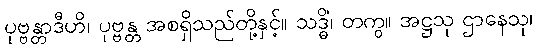
ပုဗ္ဗန္တာဒီဟိ၊ ပုဗ္ဗန္တ အစရှိသည်တို့နှင့်။ သဒ္ဓိံ၊ တကွ။ အဋ္ဌသု ဌာနေသု၊